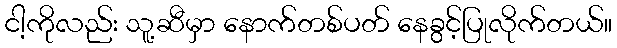
ငါ့ကိုလည်း သူ့ဆီမှာ နောက်တစ်ပတ် နေခွင့်ပြုလိုက်တယ်။